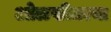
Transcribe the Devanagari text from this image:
ओळखीतल्या